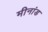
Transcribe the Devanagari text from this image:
मीनांड